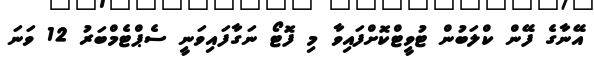
އޭނާގެ ފޭން ކްލަބުން ޓުވީޓްކޮށްފައިވާ މި ފޮޓޯ ނަގާފައިވަނީ ސެޕްޓެމްބަރު 12 ވަނަ